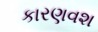
કારણવશ